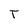
Character: T